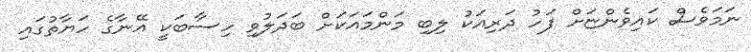
ނަމަވެސް ކައިވެންޏަށް ފަހު ދަރިއަކު ލިބި މަންމައަކަށް ބަދަލުވި ހިސާބަކީ އޭނާގެ ހަޔާތުގައި